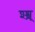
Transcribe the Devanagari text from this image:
श्श्श्